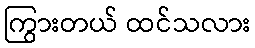
ကြွားတယ် ထင်သလား